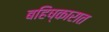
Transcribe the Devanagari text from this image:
बहिष्कारात